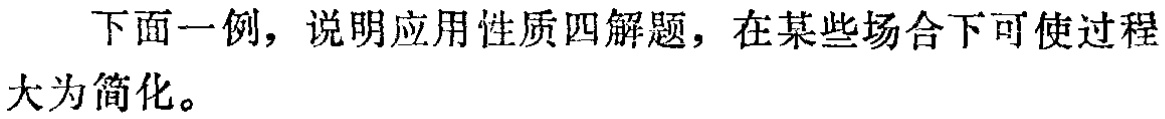
下面一例，说明应用性质四解题，在某些场合下可使过程大为简化。